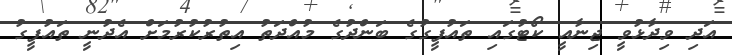
އަދި ވިދާޅުވީ ޖިނާއީ ކޯޓުގައި ތައުފީގުގެ ބަންދުގެ މުއްދަތު އިތުރުކުރުމަށް އެދުނީ ތައުފީގު